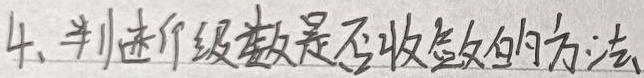
4. 判断级数是否收敛的方法